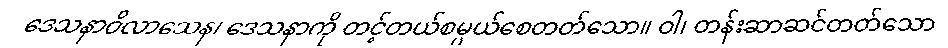
ဒေသနာဝိလာသေန၊ ဒေသနာကို တင့်တယ်စမ္ပယ်စေတတ်သော။ ဝါ၊ တန်းဆာဆင်တတ်သော